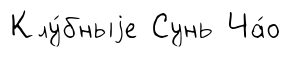
Клу́бныjе Сунь Ча́о